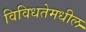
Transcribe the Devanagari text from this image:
विविधतेमधील